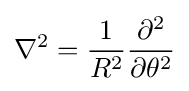
\nabla ^{2}={\frac {1}{R^{2}}}{\frac {\partial ^{2}}{\partial \theta ^{2}}}